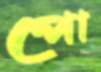
পো